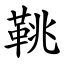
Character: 鞉